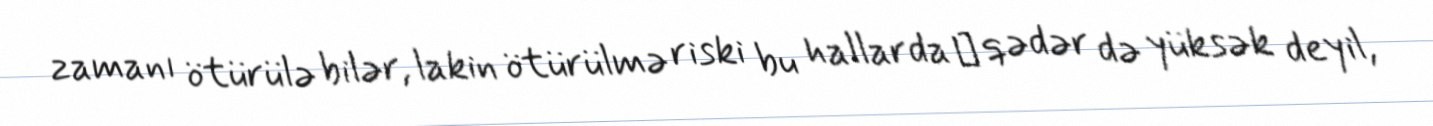
zamanı ötürülə bilər, lakin ötürülmə riski bu hallarda о qədər də yüksək deyil,